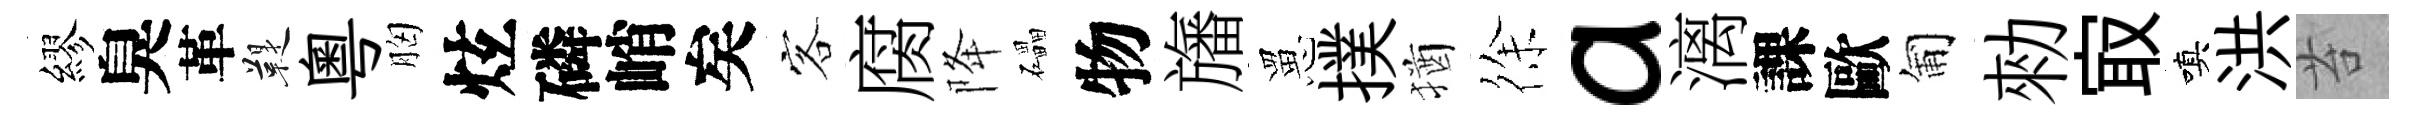
繆臭革鞮粤胸炫磷峭矣客腐降礧物旛罳撲猶徐a漓課歐匍勑㝡嗔洪苔